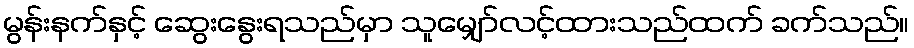
မွန်းနက်နှင့် ဆွေးနွေးရသည်မှာ သူမျှော်လင့်ထားသည်ထက် ခက်သည်။